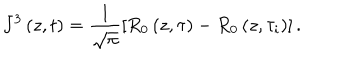
LaTeX: J ^ { 3 } \left( z , t \right) = \frac { 1 } { \sqrt { \pi } } \left[ R _ { 0 } \left( z , \tau \right) - R _ { 0 } \left( z , \tau _ { i } \right) \right] .